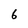
Character: 6